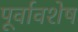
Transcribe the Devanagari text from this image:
पूर्वावशेष